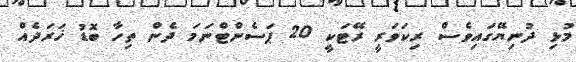
މުޅި ދުނިޔޭގައިވެސް ރިކަވަރީ ރޭޓަކީ 20 ޕަސެންޓްނަމަ ދެން ތިހާ ބޮޑު ޚަރަދެއް